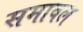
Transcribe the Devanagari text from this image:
समावल